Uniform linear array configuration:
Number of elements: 16
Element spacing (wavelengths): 0.25
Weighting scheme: hann
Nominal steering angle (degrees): -60
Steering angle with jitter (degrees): -58.581
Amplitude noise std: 0.05
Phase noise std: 0.05

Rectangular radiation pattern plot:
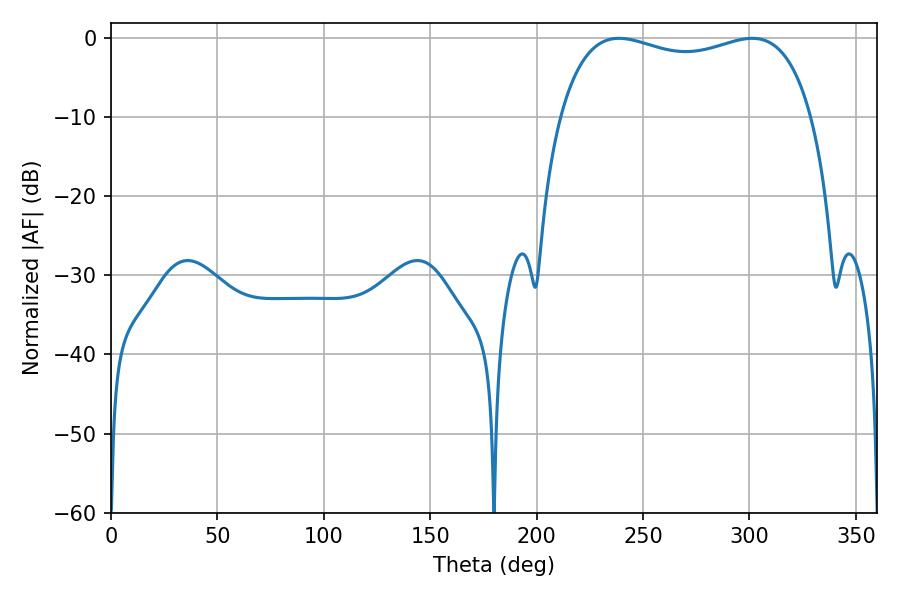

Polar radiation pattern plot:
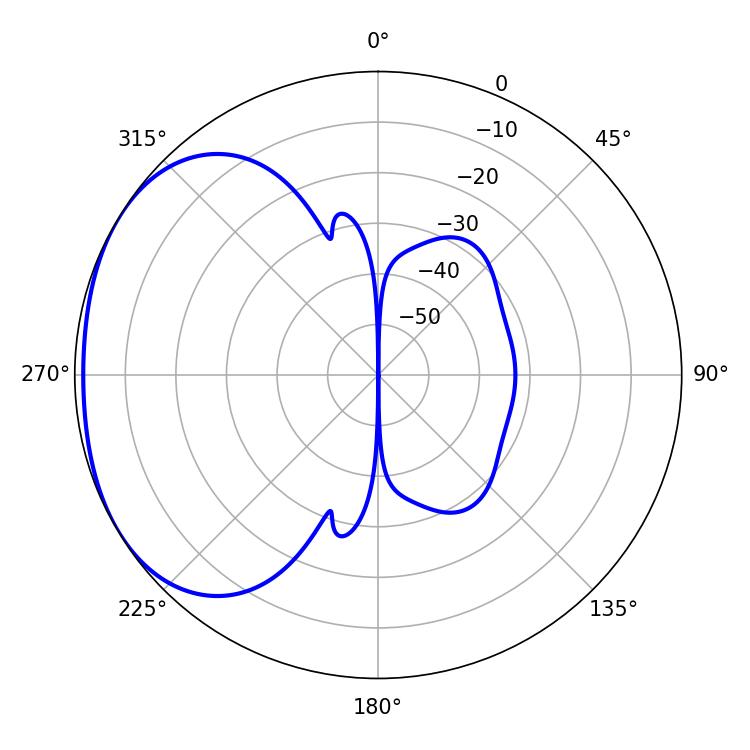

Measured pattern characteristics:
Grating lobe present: FALSE
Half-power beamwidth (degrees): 96.84
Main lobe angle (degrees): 238.68